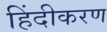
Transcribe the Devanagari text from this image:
हिंदीकरण